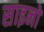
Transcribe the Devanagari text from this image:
साइनो